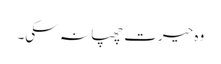
وہ حیرت چھپا نہ سکی۔